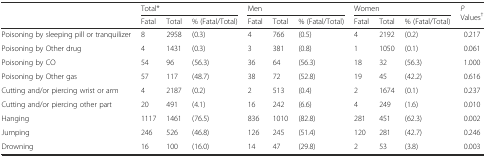
<table><thead><tr><td></td><td colspan="3"><b>Total*</b></td><td colspan="3"><b>Men</b></td><td colspan="3"><b>Women</b></td><td rowspan="2"><b><i>P</i> Values<sup>†</sup></b></td></tr><tr><td></td><td><b>Fatal</b></td><td><b>Total</b></td><td><b>% (Fatal/Total)</b></td><td><b>Fatal</b></td><td><b>Total</b></td><td><b>% (Fatal/Total)</b></td><td><b>Fatal</b></td><td><b>Total</b></td><td><b>% (Fatal/Total)</b></td></tr></thead><tbody><tr><td>Poisoning by sleeping pill or tranquilizer</td><td>8</td><td>2958</td><td>(0.3)</td><td>4</td><td>766</td><td>(0.5)</td><td>4</td><td>2192</td><td>(0.2)</td><td>0.217</td></tr><tr><td>Poisoning by Other drug</td><td>4</td><td>1431</td><td>(0.3)</td><td>3</td><td>381</td><td>(0.8)</td><td>1</td><td>1050</td><td>(0.1)</td><td>0.061</td></tr><tr><td>Poisoning by CO</td><td>54</td><td>96</td><td>(56.3)</td><td>36</td><td>64</td><td>(56.3)</td><td>18</td><td>32</td><td>(56.3)</td><td>1.000</td></tr><tr><td>Poisoning by Other gas</td><td>57</td><td>117</td><td>(48.7)</td><td>38</td><td>72</td><td>(52.8)</td><td>19</td><td>45</td><td>(42.2)</td><td>0.616</td></tr><tr><td>Cutting and/or piercing wrist or arm</td><td>4</td><td>2187</td><td>(0.2)</td><td>2</td><td>513</td><td>(0.4)</td><td>2</td><td>1674</td><td>(0.1)</td><td>0.237</td></tr><tr><td>Cutting and/or piercing other part</td><td>20</td><td>491</td><td>(4.1)</td><td>16</td><td>242</td><td>(6.6)</td><td>4</td><td>249</td><td>(1.6)</td><td>0.010</td></tr><tr><td>Hanging</td><td>1117</td><td>1461</td><td>(76.5)</td><td>836</td><td>1010</td><td>(82.8)</td><td>281</td><td>451</td><td>(62.3)</td><td>0.002</td></tr><tr><td>Jumping</td><td>246</td><td>526</td><td>(46.8)</td><td>126</td><td>245</td><td>(51.4)</td><td>120</td><td>281</td><td>(42.7)</td><td>0.246</td></tr><tr><td>Drowning</td><td>16</td><td>100</td><td>(16.0)</td><td>14</td><td>47</td><td>(29.8)</td><td>2</td><td>53</td><td>(3.8)</td><td>0.003</td></tr></tbody></table>